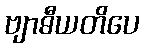
ဗျာဓီယတိပေ